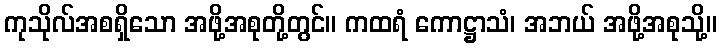
ကုသိုလ်အစရှိသော အဖို့အစုတို့တွင်။ ကထရံ ကောဋ္ဌာသံ၊ အဘယ် အဖို့အစုသို့။